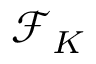
\mathcal { F } _ { K }